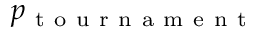
p _ { \mathrm { ~ t ~ o ~ u ~ r ~ n ~ a ~ m ~ e ~ n ~ t ~ } }